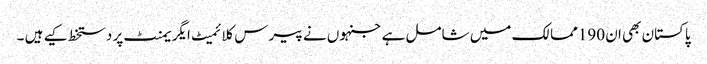
پاکستان بھی ان 190ممالک میں شامل ہے جنہوں نے پیرس کلائمیٹ ایگریمنٹ پر دستخط کیے ہیں ۔